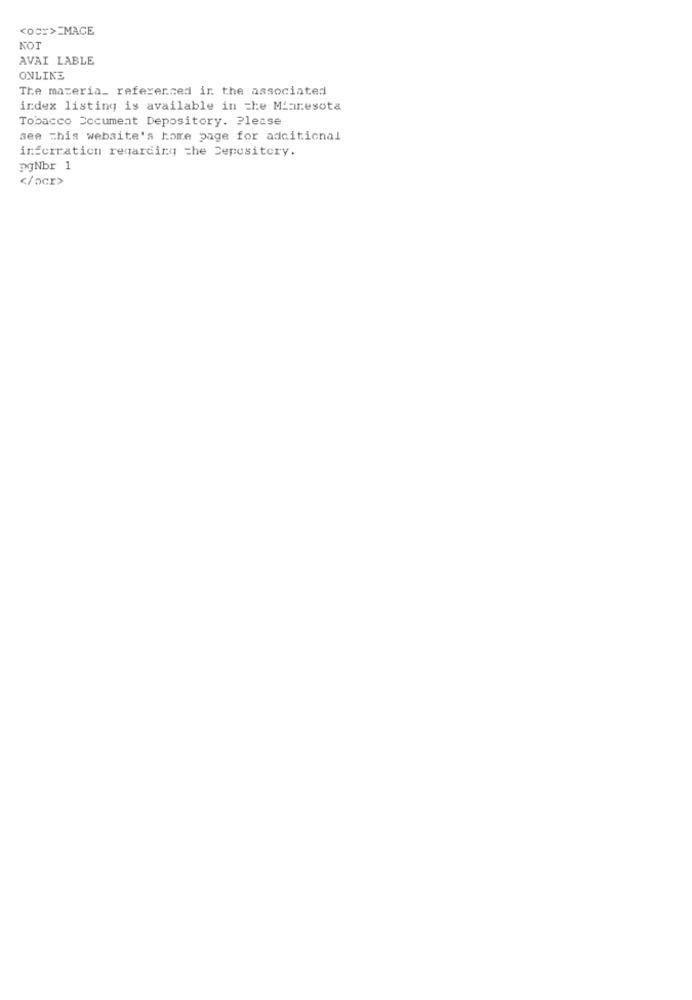
<OCH>=MACE
KOT
AVAI LABLE
ONLINE
The materia_ referenced ir. the associated
index listing is available in che Minnesota
Tobacco Document Depository. Please
see This website's home page for additional
inferration regarding the Depositcry.
pgNbr 1
</ocr>